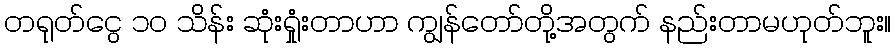
တရုတ်ငွေ ၁၀ သိန်း ဆုံးရှုံးတာဟာ ကျွန်တော်တို့အတွက် နည်းတာမဟုတ်ဘူး။